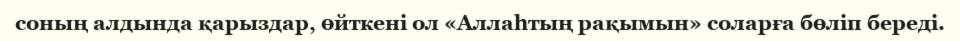
соның алдында қарыздар, өйткені ол «Аллаһтың рақымын» соларға бөліп береді.